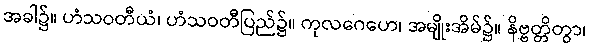
အခါ၌။ ဟံသဝတီယံ၊ ဟံသဝတီပြည်၌။ ကုလဂေဟေ၊ အမျိုးအိမ်၌။ နိဗ္ဗတ္တိတွာ၊